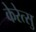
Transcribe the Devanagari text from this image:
केरेत्सु